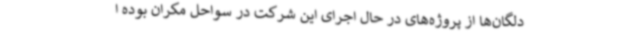
دلگان‌ها از پروژه‌های در حال اجرای این شرکت در سواحل مکران بوده ا